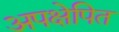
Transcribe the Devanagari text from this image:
अपक्षेपित